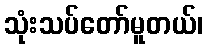
သုံးသပ်တော်မူတယ်၊